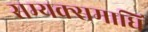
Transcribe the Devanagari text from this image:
सम्यक्समाधि